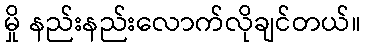
မှို နည်းနည်းလောက်လိုချင်တယ်။